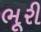
ભૂરી